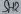
Text: SH2